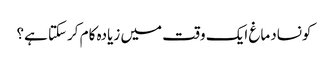
کونسادماغ ایک وقت میں زیادہ کام کرسکتا ہے؟